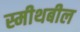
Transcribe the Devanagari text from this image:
स्मीथबील